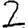
Digit: 2